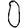
Digit: 0